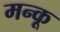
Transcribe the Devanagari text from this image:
मन्कू